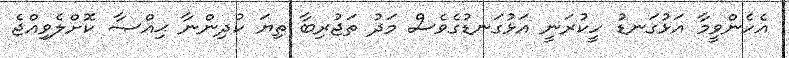
އެހެންވީމާ އަޅުގަނޑު ހީކުރަނީ އަޅުގަނޑުގެވެސް މަދު ތަޖުރިބާ ތިޔަ ކުދިންނާ ޙިއްޞާ ކޮށްލެވިއްޖެ